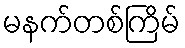
မနက်တစ်ကြိမ်